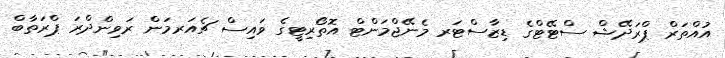
އުއްތަރް ޕްރަދޭޝް ސްޓޭޓްގެ ޑިޒާސްޓަރ މެނޭޖްމަންޓް އޮތޯރިޓީގެ ވައިސް ޗެއަރމަން ރަވިންދްރަ ޕްރަތާބް